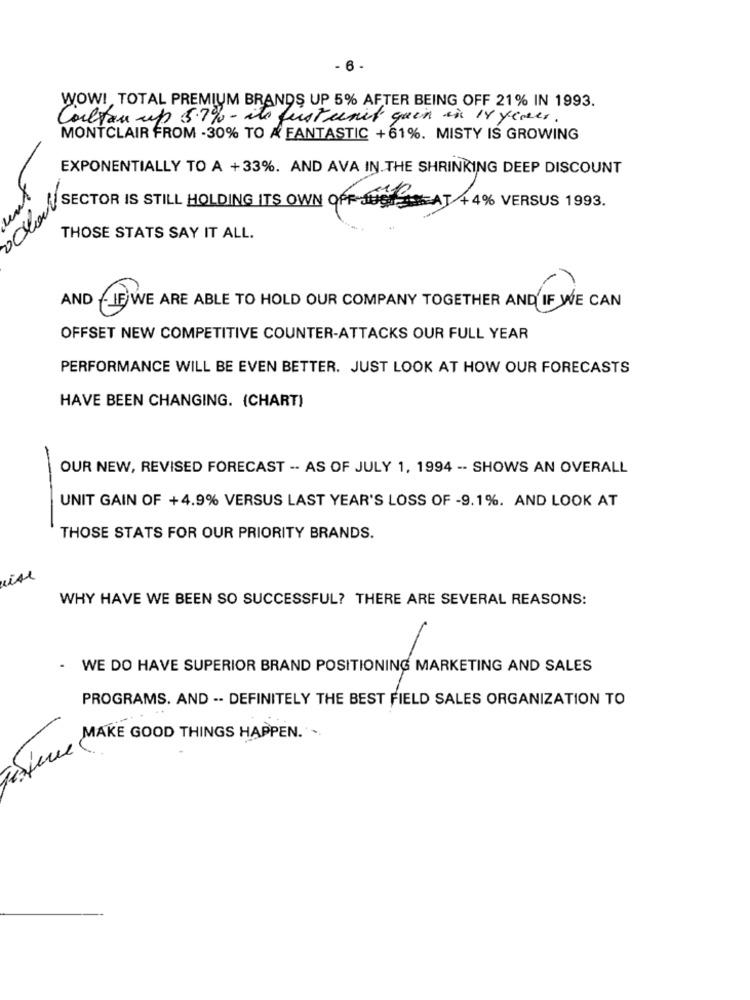
- 6 -
WOW! TOTAL PREMIUM BRANDS UP 5% AFTER BEING OFF 21% IN 1993.
Coltan up 5.7% - its just unit quin in 18 years.
MONTCLAIR FROM -30% TO A FANTASTIC +61%. MISTY IS GROWING
EXPONENTIALLY TO A +33%. AND AVA IN THE SHRINKING DEEP DISCOUNT
SECTOR IS STILL HOLDING ITS OWN OFF-JUSTEAT +4% VERSUS 1993.
..
THOSE STATS SAY IT ALL.
AND - IF WE ARE ABLE TO HOLD OUR COMPANY TOGETHER AND IF WE CAN
OFFSET NEW COMPETITIVE COUNTER-ATTACKS OUR FULL YEAR
PERFORMANCE WILL BE EVEN BETTER. JUST LOOK AT HOW OUR FORECASTS
HAVE BEEN CHANGING. (CHART)
OUR NEW, REVISED FORECAST -- AS OF JULY 1, 1994 -- SHOWS AN OVERALL
UNIT GAIN OF +4.9% VERSUS LAST YEAR'S LOSS OF -9.1%. AND LOOK AT
THOSE STATS FOR OUR PRIORITY BRANDS.
mise
WHY HAVE WE BEEN SO SUCCESSFUL? THERE ARE SEVERAL REASONS:
.
WE DO HAVE SUPERIOR BRAND POSITIONING MARKETING AND SALES
PROGRAMS. AND -- DEFINITELY THE BEST FIELD SALES ORGANIZATION TO
Seule MAKE GOOD THINGS HAPPEN. .